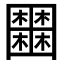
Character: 𡈹